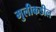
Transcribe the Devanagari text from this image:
मुलीकडील